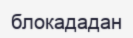
блокададан